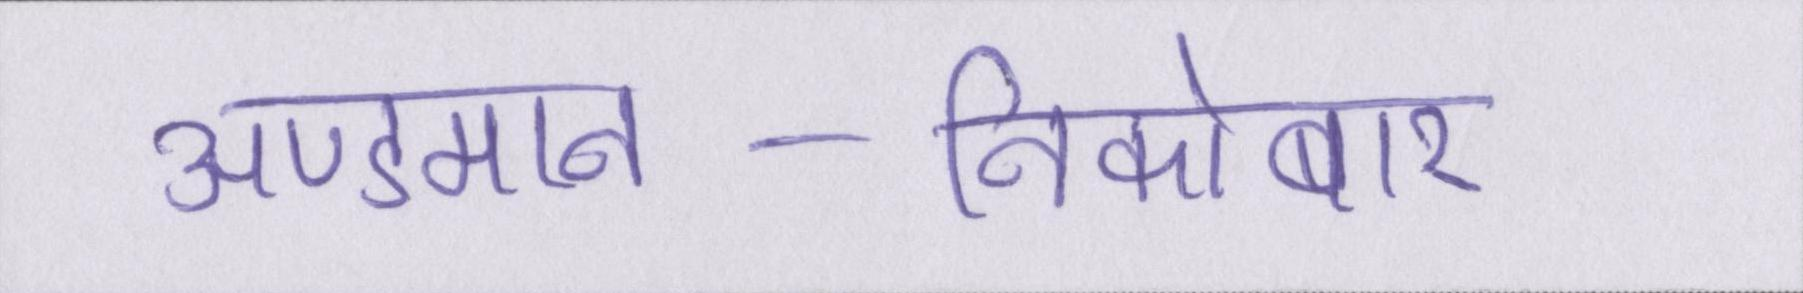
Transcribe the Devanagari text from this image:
अण्डमान-निकोबार